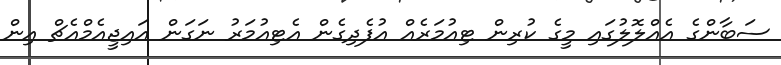
ސަބާންގެ އެއްލޮލުގައި މީގެ ކުރިން ޓިއުމަރެއް އުފެދިގެން އެޓިއުމަރު ނަގަން އައިޖީއެމްއެޗް އިން